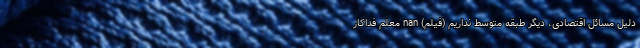
دلیل مسائل اقتصادی، دیگر طبقه متوسط نداریم (فیلم) nan معلم فداکار